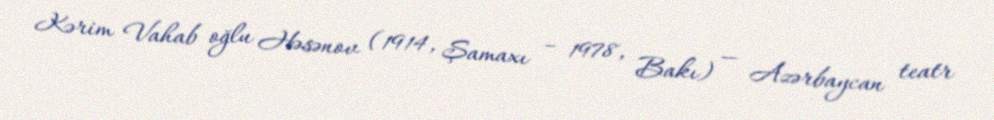
Kərim Vahab oğlu Həsənov (1914, Şamaxı – 1978, Bakı) — Azərbaycan teatr